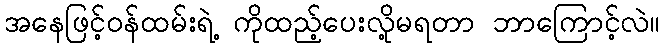
အနေဖြင့်ဝန်ထမ်းရဲ့ ကိုထည့်ပေးလို့မရတာ ဘာကြောင့်လဲ။